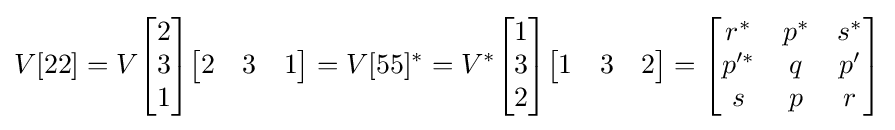
V[22]=V{\begin{bmatrix}2\\3\\1\end{bmatrix}}{\begin{bmatrix}2&3&1\end{bmatrix}}=V[55]^{*}=V^{*}{\begin{bmatrix}1\\3\\2\end{bmatrix}}{\begin{bmatrix}1&3&2\end{bmatrix}}={\begin{bmatrix}r^{*}&p^{*}&s^{*}\\p^{\prime *}&q&p^{\prime }\\s&p&r\end{bmatrix}}